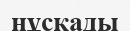
нұсқады